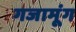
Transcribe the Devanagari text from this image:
गजामूंग